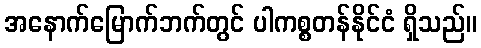
အနောက်မြောက်ဘက်တွင် ပါကစ္စတန်နိုင်ငံ ရှိသည်။